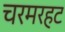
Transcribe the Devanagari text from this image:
चरमरहट